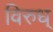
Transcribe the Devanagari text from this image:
विरुध्